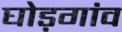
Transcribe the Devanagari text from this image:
घोड़गांव